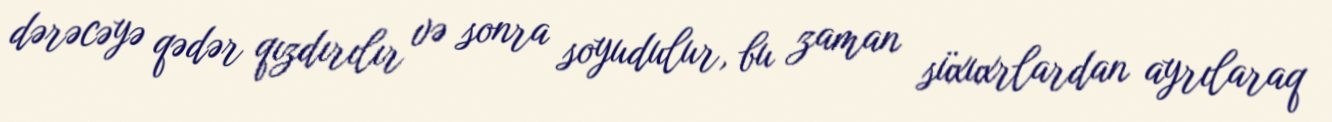
dərəcəyə qədər qızdırılır və sonra soyudulur, bu zaman süxuxrlardan ayrılaraq